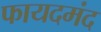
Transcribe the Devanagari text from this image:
फायदमंद